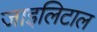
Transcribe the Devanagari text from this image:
जाइलिटाल